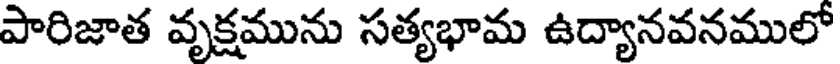
పారిజాత వృక్షమును సత్యభామ ఉద్యానవనములో